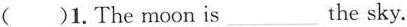
（）1. The moon is___the sky.